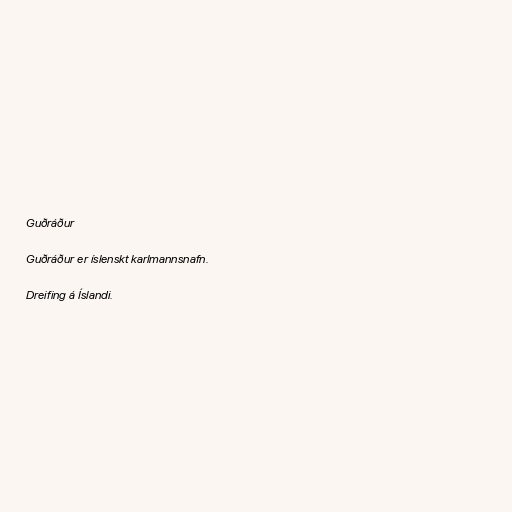
Guðráður

Guðráður er íslenskt karlmannsnafn.

Dreifing á Íslandi.